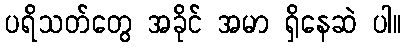
ပရိသတ်တွေ အခိုင် အမာ ရှိနေဆဲ ပါ။